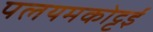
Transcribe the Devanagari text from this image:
पलयमकोट्टई